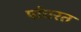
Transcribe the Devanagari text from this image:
पांघरत